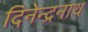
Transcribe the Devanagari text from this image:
दिनेन्द्रनाथ